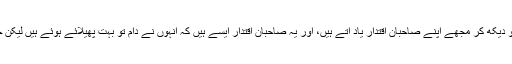
غلام ذہنیت کے حامل ان کبوتروں کو دیکھ کر مجھے اپنے صاحبانِ اقتدار یاد آتے ہیں، اور یہ صاحبانِ اقتدار ایسے ہیں کہ انہوں نے دام تو بہت پھیلائے ہوئے ہیں لیکن چگنے کو دانہ دنکا نہیں تڑیاں دیتے۔